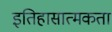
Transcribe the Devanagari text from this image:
इतिहासात्मकता